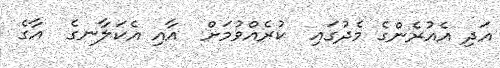
އަދި އެއުރެންގެ މެދުގައި  ކުރެއްވުމަށް  އާއި އެކަލާނގެ  އާގެ